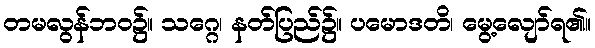
တမလွန်ဘဝ၌။ သဂ္ဂေ၊ နတ်ပြည်၌။ ပမောဒတိ၊ မွေ့လျော်ရ၏။